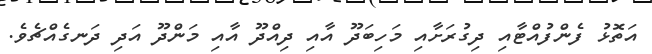
އަތޮޅު ފެންފުއްޓާއި ދިގުރަށާއި މަހިބަދޫ އާއި ދިއްދޫ އާއި މަންދޫ އަދި ދަނގެއްޗެވެ.